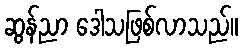
ဆွန်ညာ ဒေါသဖြစ်လာသည်။